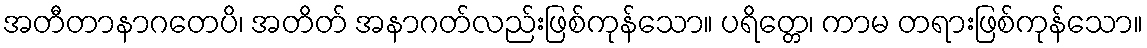
အတီတာနာဂတေပိ၊ အတိတ် အနာဂတ်လည်းဖြစ်ကုန်သော။ ပရိတ္တေ၊ ကာမ တရားဖြစ်ကုန်သော။